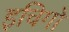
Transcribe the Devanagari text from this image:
इचिगो